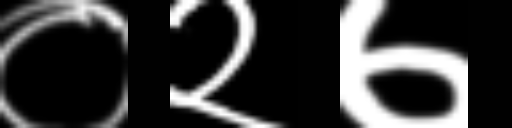
Text: ०२७